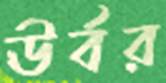
ঊর্বর